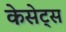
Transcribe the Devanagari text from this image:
केसेट्स